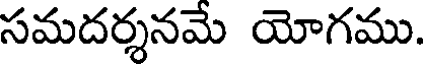
సమదర్శనమే యోగము.